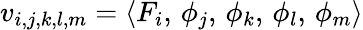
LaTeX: v_{i,j,k,l,m}=\langle F_{i},\, \phi_{j},\, \phi_{k},\, \phi_{l},\, \phi_{m}\rangle